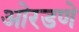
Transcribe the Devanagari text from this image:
ओरडणे